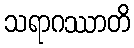
သရာဂဿာတိ